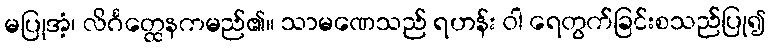
မပြုအံ့၊ လိင်္ဂတ္ထေနကမည်၏။ သာမဏေသည် ရဟန်း ဝါ ရေတွက်ခြင်းစသည်ပြု၍